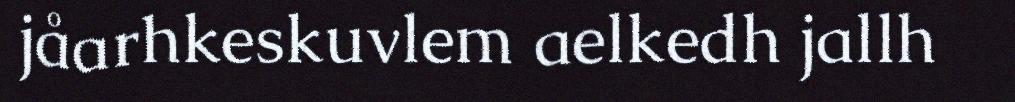
jåarhkeskuvlem aelkedh jallh